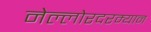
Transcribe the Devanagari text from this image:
नेल्लोरदरम्यान